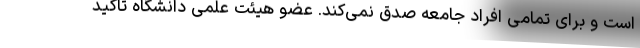
است و برای تمامی افراد جامعه صدق نمی‌کند. عضو هیئت علمی دانشگاه تاکید